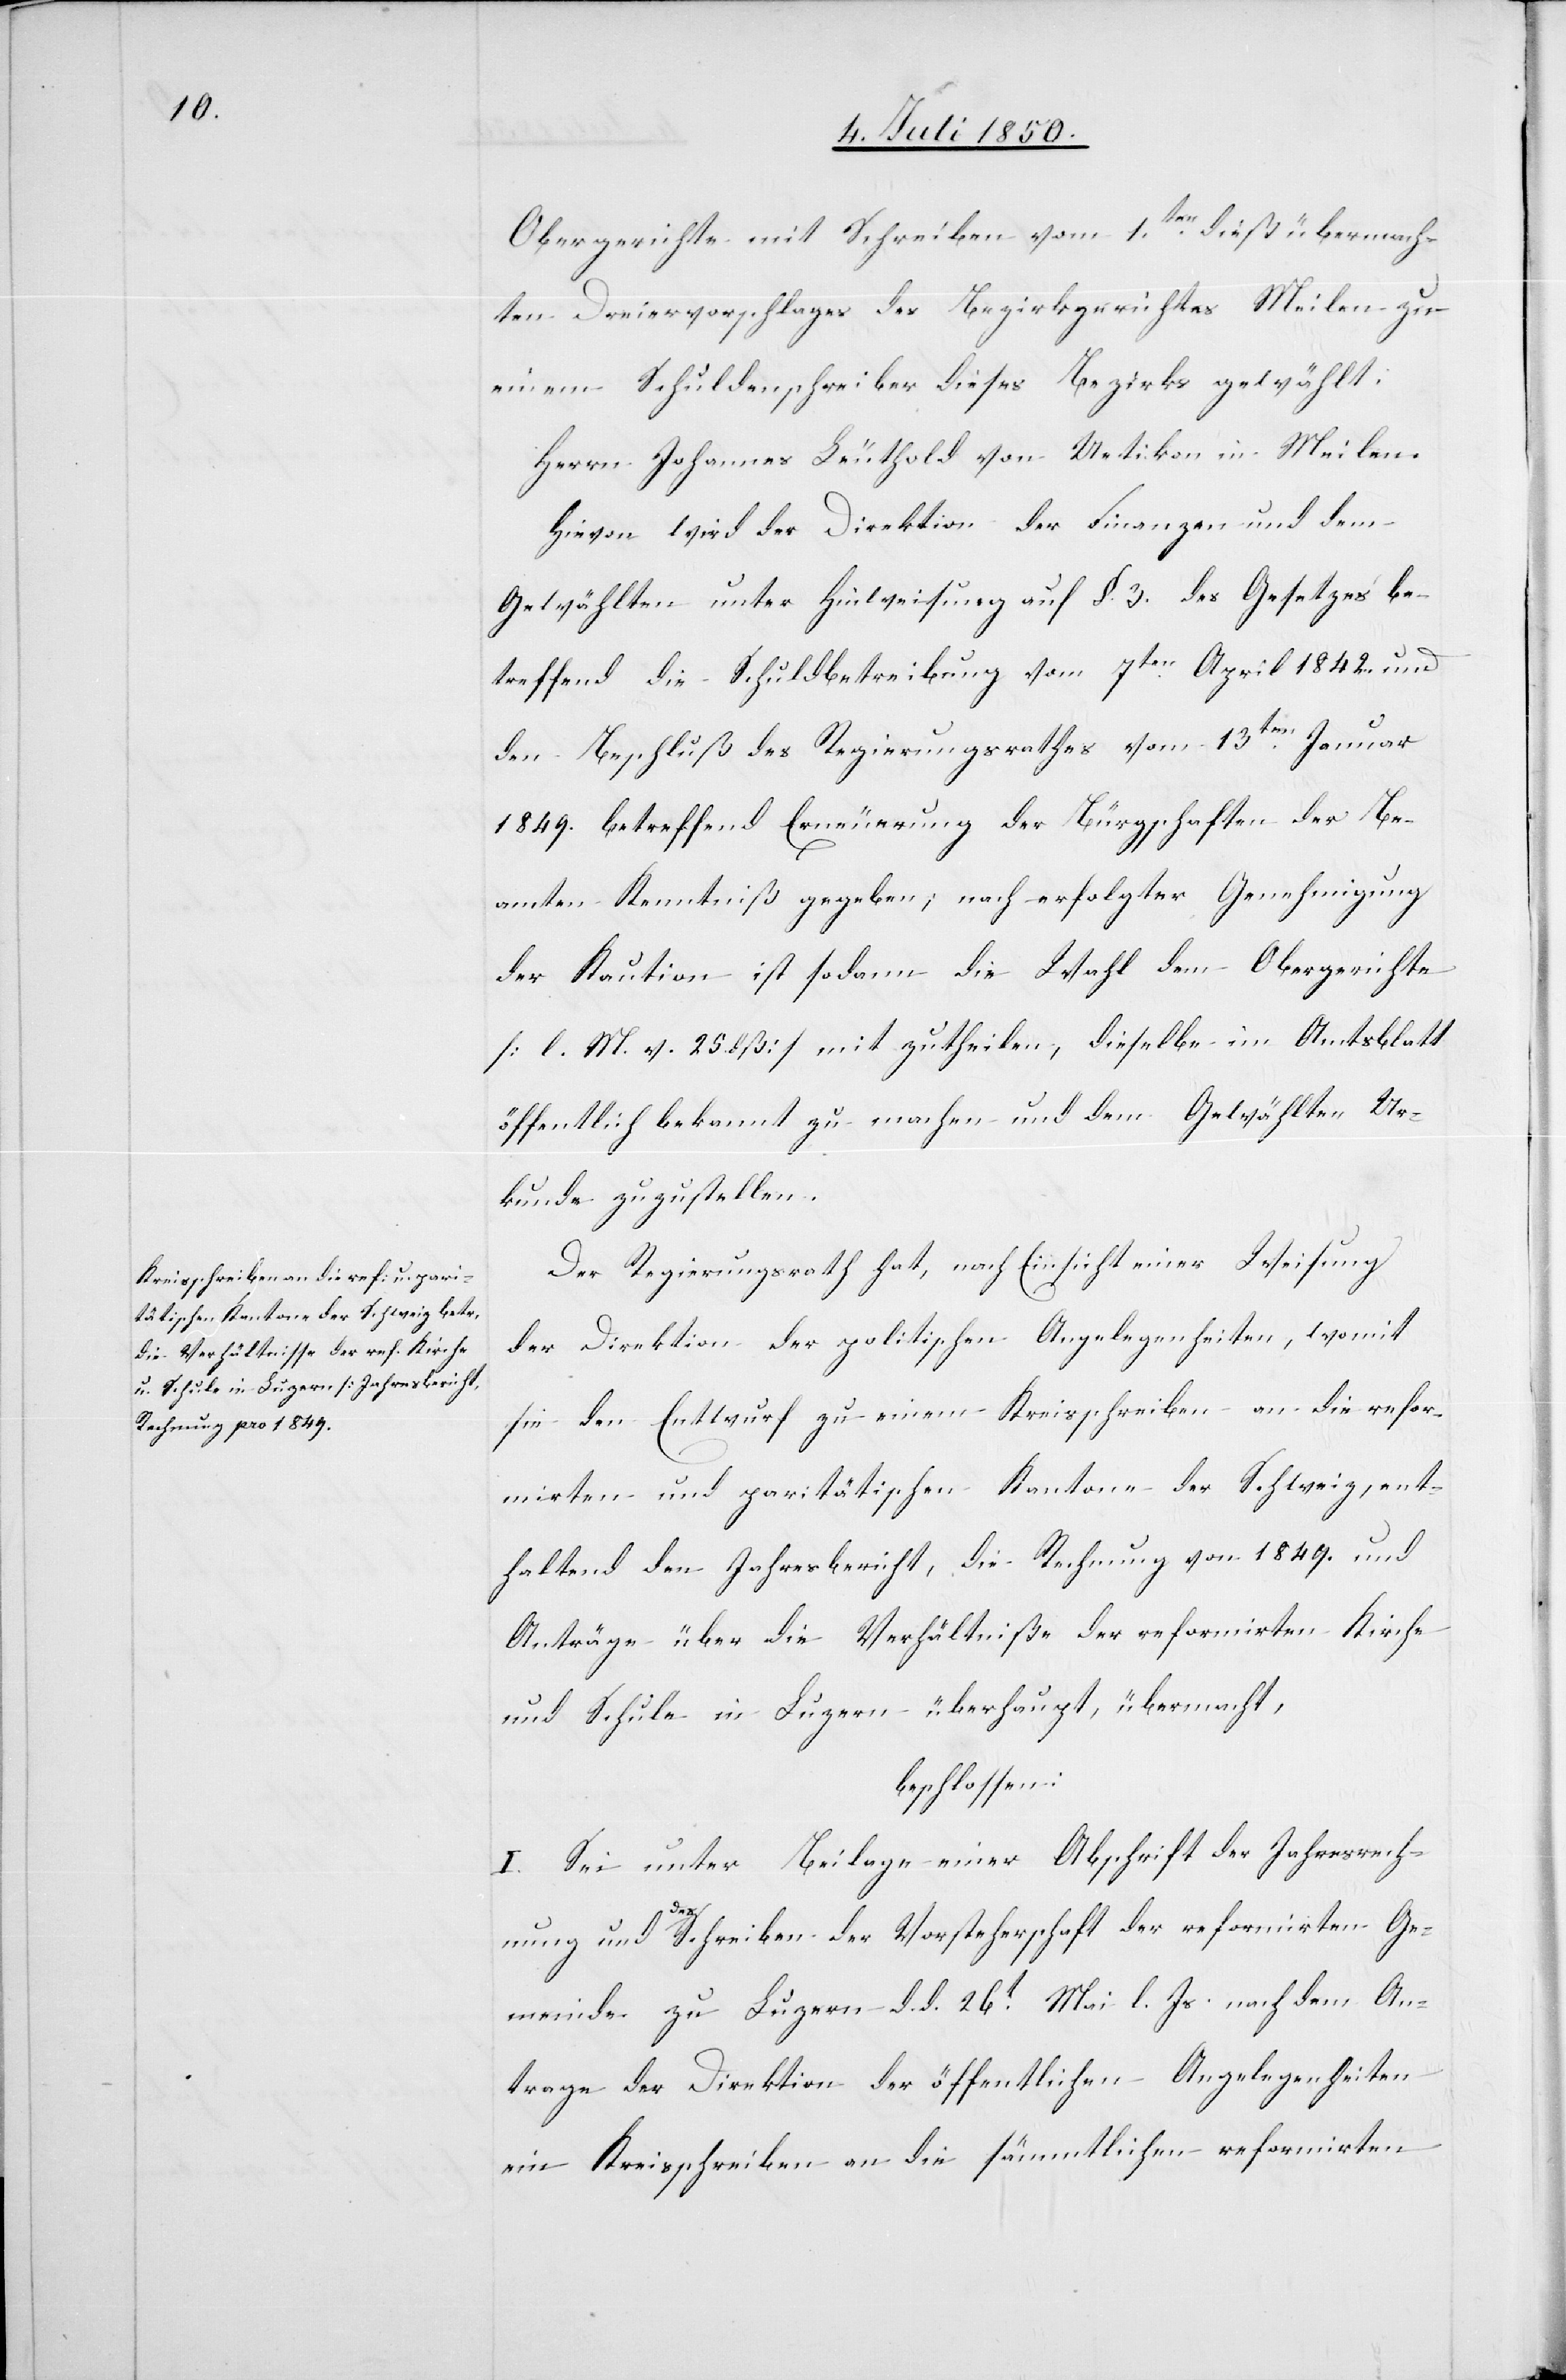
Obergerichte mit Schreiben vom 1ten dieß übermach¬
ten Dreiervorschlages des Bezirksgerichtes Meilen zu
einem Schuldenschreiber dieses Bezirks gewählt.
Herrn Johannes Leuthold von Uetikon in Meilen.
Hievon wird der Direktion der Finanzen und dem
Gewählten unter Hinweisung auf §. 3. des Gesetzes be¬
treffend die Schuldbetreibung vom 7ten April 1842. und
den Beschluß des Regierungsrathes vom 13ten Januar
1849. betreffend Erneuerung der Bürgschaften der Be¬
amten Kenntniß gegeben; nach erfolgter Genehmigung
der Kaution ist sodann die Wahl dem Obergerichte
[l. M. v. 25 dß] mitzutheilen, dieselben im Amtsblatt
öffentlich bekannt zu machen und dem Gewählten Ur¬
kunde zuzustellen.
Der Regierungsrath hat, nach Einsicht einer Weisung
der Direktion der politischen Angelegenheiten, womit
sie den Entwurf zu einem Kreisschreiben an die refor¬
mirten und paritätischen Kantone der Schweiz, ent¬
haltend den Jahresbericht, die Rechnung von 1849. und
Anträge über die Verhältniße der reformirten Kirche
und Schule in Luzern überhaupt, übermacht,
beschlossen:
I. Sei unter Beilage einer Abschrift der Jahresrech¬
nung und des Schreiben der Vorsteherschaft der reformirten Ge¬
meinde zu Luzern d. d. 26t Mai l. Js. nach dem An¬
trage der Direktion der öffentlichen Angelegenheiten
ein Kreisschreiben an die sämmtlichen reformirten